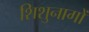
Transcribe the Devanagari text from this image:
शिशुनागों